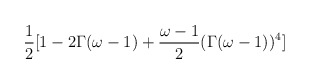
\begin{align*}\frac{1}{2}[1 - 2 \Gamma (\omega - 1) + \frac{\omega - 1}{2} (\Gamma (\omega-1))^4]\end{align*}